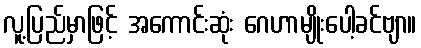
လူ့ပြည်မှာဖြင့် အကောင်းဆုံး ဂေဟာမျိုးပေါ့ခင်ဗျာ။